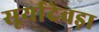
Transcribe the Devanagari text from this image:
सूर्यादेवड़ा